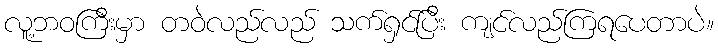
လူ့ဘဝကြီးမှာ တဝဲလည်လည် သက်ရှင်ပြီး ကျင်လည်ကြရပေတာပဲ။